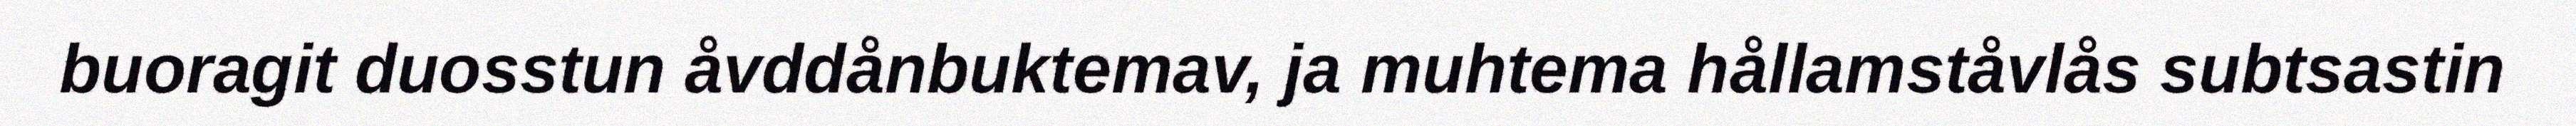
buoragit duosstun åvddånbuktemav, ja muhtema hållamståvlås subtsastin